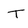
Character: T